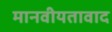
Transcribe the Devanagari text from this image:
मानवीयतावाद